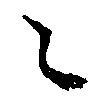
々